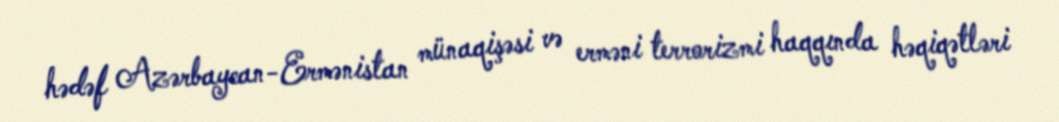
hədəf Azərbaycan-Ermənistan münaqişəsi və erməni terrorizmi haqqında həqiqətləri